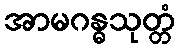
အာမဂန္ဓသုတ္တံ